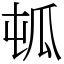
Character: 㼊